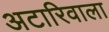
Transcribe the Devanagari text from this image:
अटारिवाला